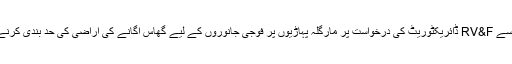
بعدازاں، سروے آف پاکستان کی جانب سے RV&F ڈائریکٹوریٹ کی درخواست پر مارگلہ پہاڑیوں پر فوجی جانوروں کے لیے گھاس اگانے کی اراضی کی حد بندی کرنے کی درخواست پر ایک سروے کیا گیا۔